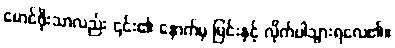
မောင်ဖိုးသာလည်း ၎င်း၏ နောက်မှ မြင်းနှင့် လိုက်ပါသွားရလေ၏။